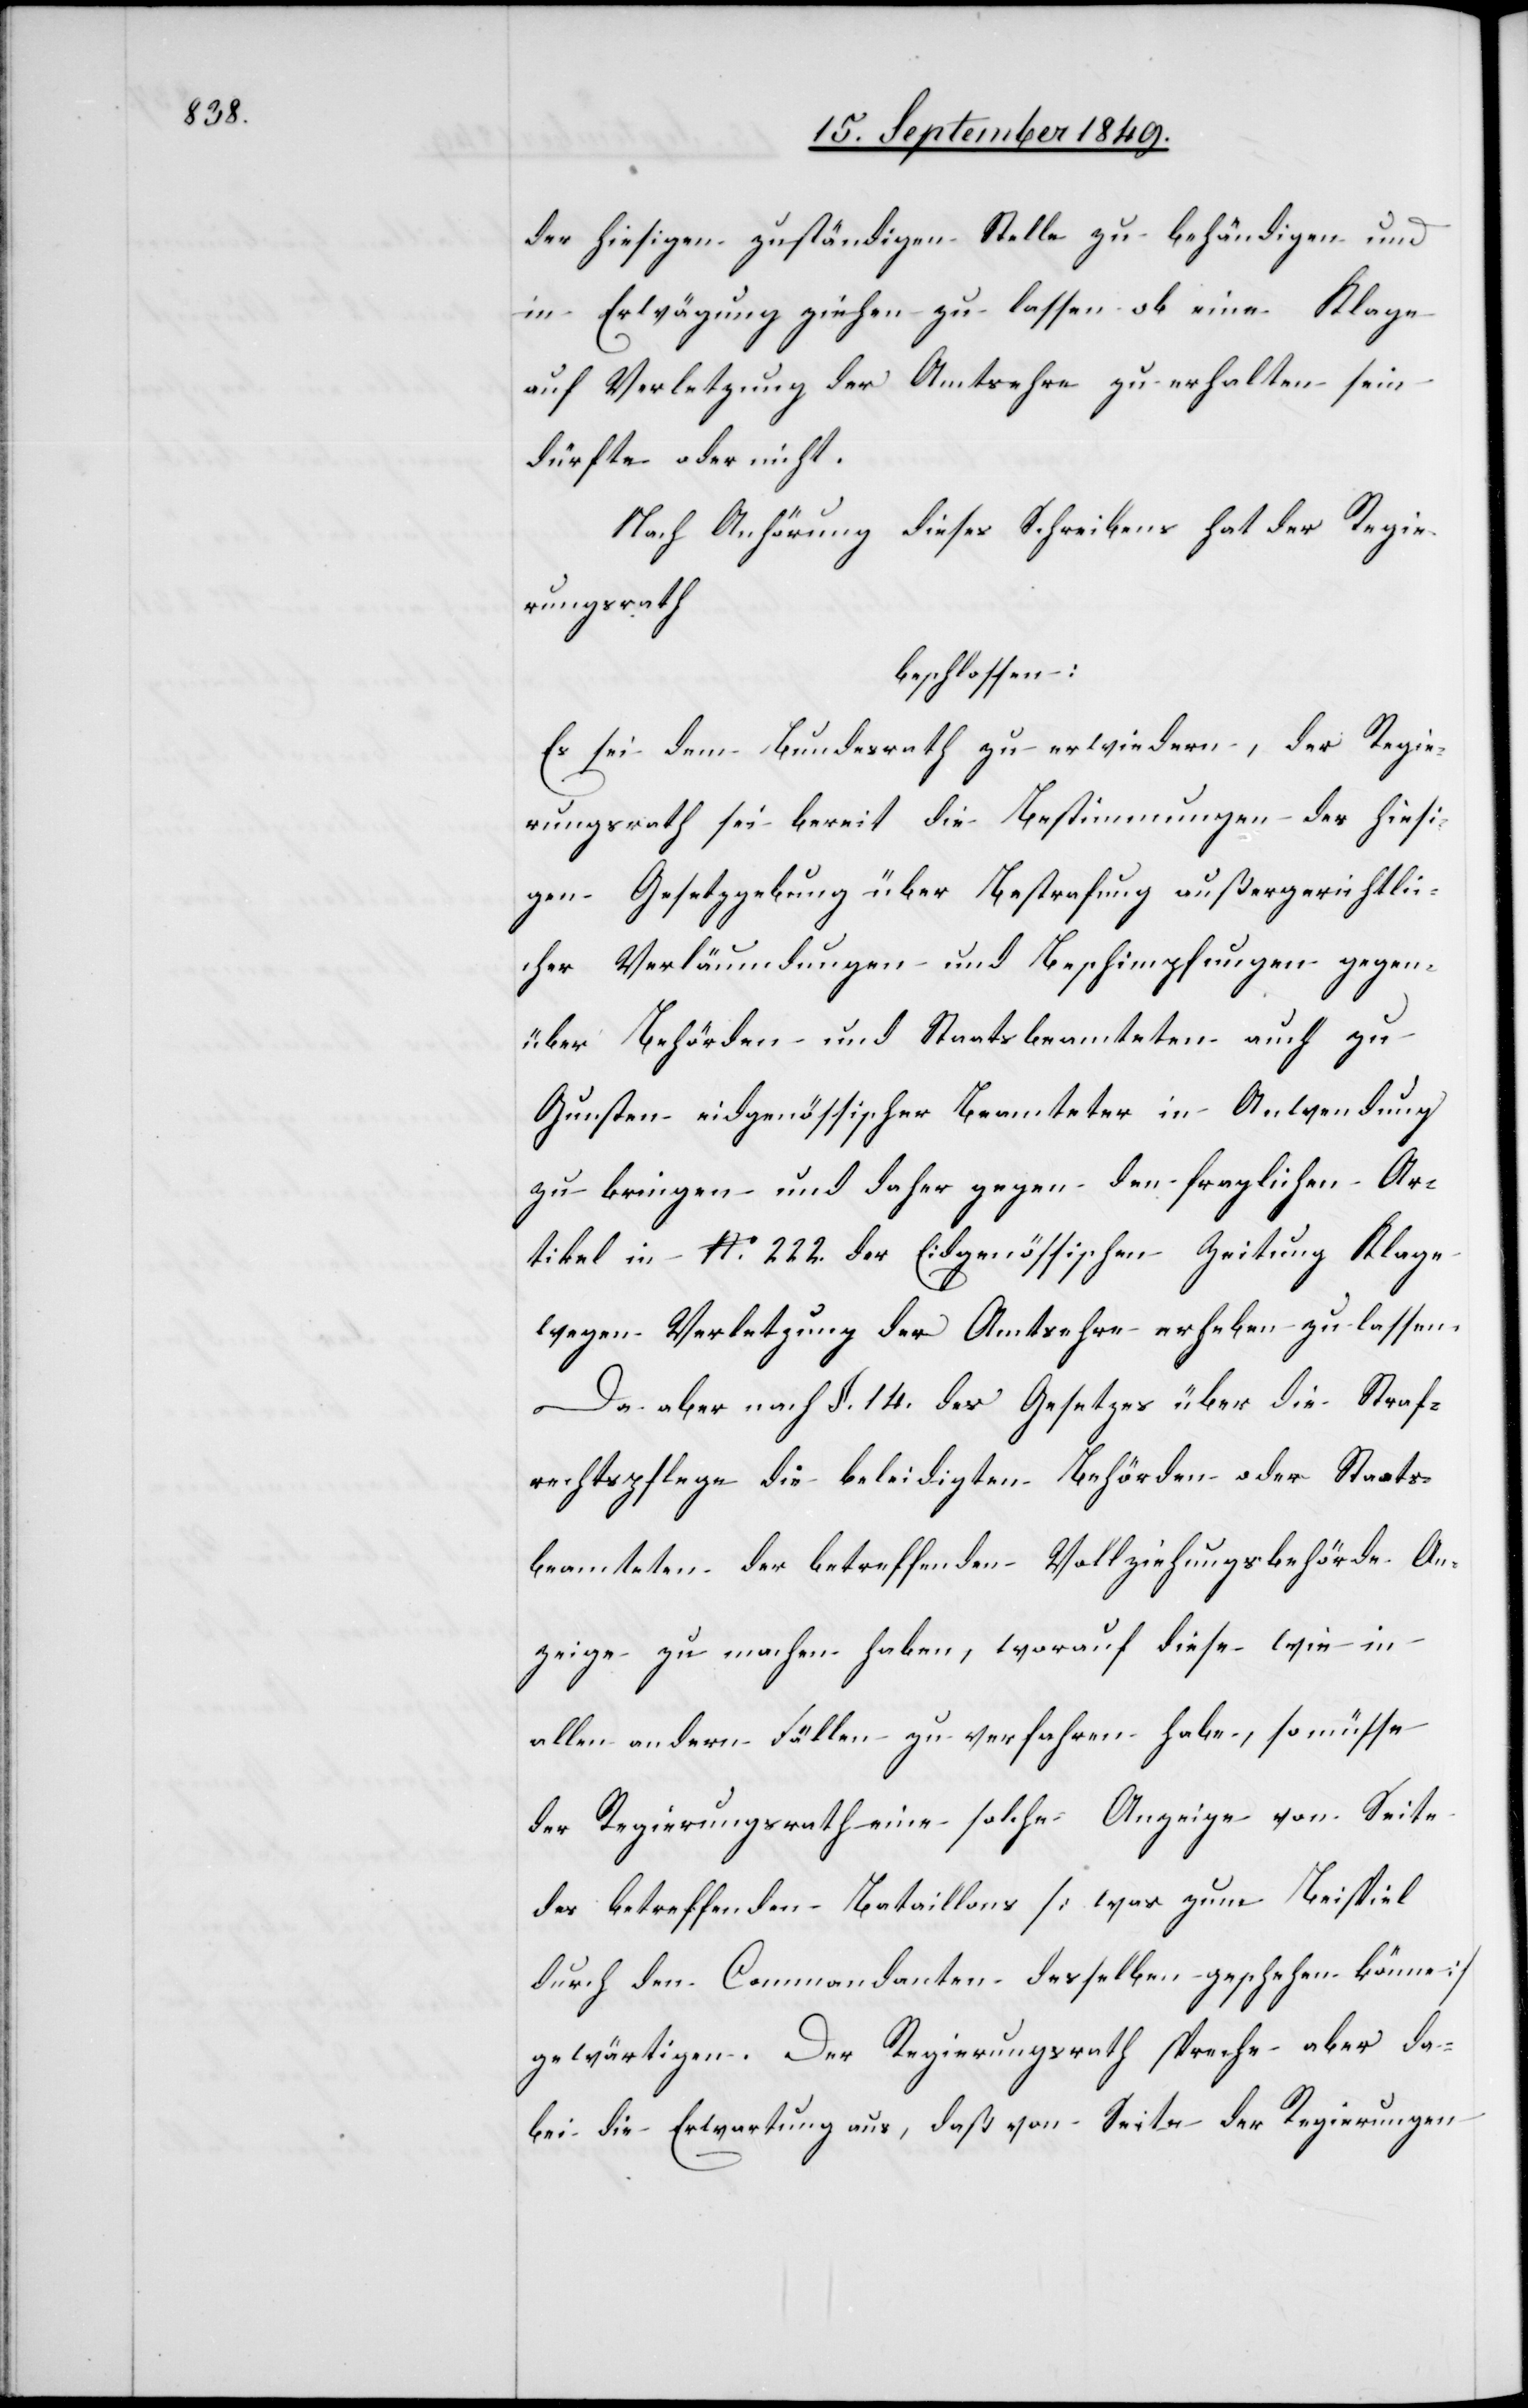
der hiesigen zuständigen Stelle zu behändigen und
in Erwägung ziehen zu lassen ob eine Klage
auf Verletzung der Amtsehre zu erhalten sein
dürfte oder nicht.
Nach Anhörung dieses Schreibens hat der Regie¬
rungsrath
beschlossen:
Es sei dem Bundesrath zu erwiedern der Regie¬
rungsrath sei bereit die Bestimmungen der hiesi¬
gen Gesetzgebung über Bestrafung außergerichtli¬
cher Verläumdungen und Beschimpfungen gegen
über Behörden und Staatsbeamteten auch zu
Gunsten eidgenössischer Beamteter in Anwendung
zu bringen und daher gegen den fraglichen Ar¬
tikel in No 222. der Eidgenössischen Zeitung Klage
wegen Verletzung der Amtsehre erheben zu lassen.
Da aber nach §. 14. des Gesetzes über die Straf¬
rechtspflege die beleidigten Behörden oder Staats¬
beamteten der betreffenden Vollziehungsbehörde An¬
zeige zu machen haben, worauf diese wie in
allen andern Fällen zu verfahren habe, so müsse
der Regierungsrath eine solche Anzeige von Seite
des betreffenden Bataillons [was zum Beispiel
durch den Commandanten desselben geschehen könne]
gewärtigen. Der Regierungsrath spreche aber da¬
bei die Erwartung aus, daß von Seite der Regierungen